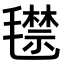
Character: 𣰙